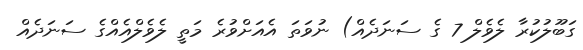
ގަބޫލުކުރާ ލެވެލް 7 ގެ ސަނަދެއް) ނުވަތަ އެއަށްވުރެ މަތީ ލެވެލްއެއްގެ ސަނަދެއް